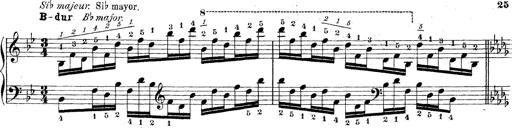
Title: Technische Studien
Composer: Franz Liszt